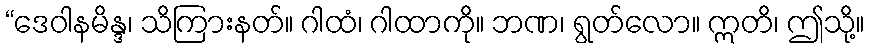
“ဒေဝါနမိန္ဒ၊ သိကြားနတ်။ ဂါထံ၊ ဂါထာကို။ ဘဏ၊ ရွတ်လော။ ဣတိ၊ ဤသို့။